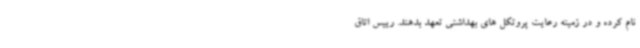
نام کرده و در زمینه رعایت پروتکل های بهداشتی تعهد بدهند. رییس اتاق